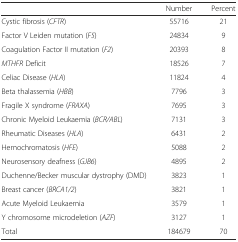
<table><thead><tr><td></td><td><b>Number</b></td><td><b>Percent</b></td></tr></thead><tbody><tr><td>Cystic fibrosis (<i>CFTR</i>)</td><td>55716</td><td>21</td></tr><tr><td>Factor V Leiden mutation (<i>F5</i>)</td><td>24834</td><td>9</td></tr><tr><td>Coagulation Factor II mutation (<i>F2</i>)</td><td>20393</td><td>8</td></tr><tr><td><i>MTHFR</i> Deficit</td><td>18526</td><td>7</td></tr><tr><td>Celiac Disease (<i>HLA</i>)</td><td>11824</td><td>4</td></tr><tr><td>Beta thalassemia (<i>HBB</i>)</td><td>7796</td><td>3</td></tr><tr><td>Fragile X syndrome (<i>FRAXA</i>)</td><td>7695</td><td>3</td></tr><tr><td>Chronic Myeloid Leukaemia (<i>BCR/ABL</i>)</td><td>7131</td><td>3</td></tr><tr><td>Rheumatic Diseases (<i>HLA</i>)</td><td>6431</td><td>2</td></tr><tr><td>Hemochromatosis (<i>HFE</i>)</td><td>5088</td><td>2</td></tr><tr><td>Neurosensory deafness (<i>GJB6</i>)</td><td>4895</td><td>2</td></tr><tr><td>Duchenne/Becker muscular dystrophy (DMD)</td><td>3823</td><td>1</td></tr><tr><td>Breast cancer (<i>BRCA1/2</i>)</td><td>3821</td><td>1</td></tr><tr><td>Acute Myeloid Leukaemia</td><td>3579</td><td>1</td></tr><tr><td>Y chromosome microdeletion (<i>AZF</i>)</td><td>3127</td><td>1</td></tr><tr><td>Total</td><td>184679</td><td>70</td></tr></tbody></table>